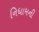
નિધામની